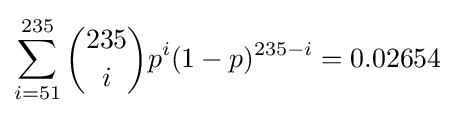
\sum _{i=51}^{235}{235 \choose i}p^{i}(1-p)^{235-i}=0.02654